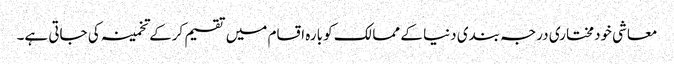
معاشی خودمختاری درجہ بندی دنیا کے ممالک کو بارہ اقسام میں تقسیم کرکے تخمینہ کی جاتی ہے۔